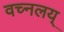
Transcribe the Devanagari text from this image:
वच्नलय्